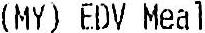
(MY) EDV MEAL